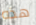
هذه